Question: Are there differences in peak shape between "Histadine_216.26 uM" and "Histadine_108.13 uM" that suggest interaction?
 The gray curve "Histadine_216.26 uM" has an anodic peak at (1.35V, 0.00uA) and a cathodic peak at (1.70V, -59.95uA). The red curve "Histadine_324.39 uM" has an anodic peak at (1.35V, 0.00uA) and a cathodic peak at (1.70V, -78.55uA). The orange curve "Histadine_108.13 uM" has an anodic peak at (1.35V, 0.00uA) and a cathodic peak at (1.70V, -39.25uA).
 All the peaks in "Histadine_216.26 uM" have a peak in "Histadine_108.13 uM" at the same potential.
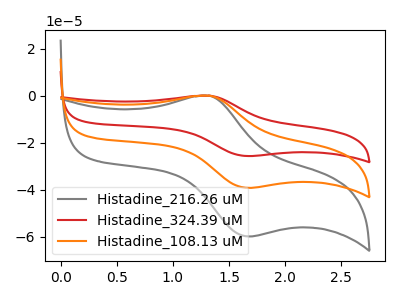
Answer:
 <answer>No, "Histadine_216.26 uM" and "Histadine_108.13 uM" don't appear to be significantly different in shape</answer>
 <eval>no_change</eval>